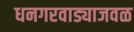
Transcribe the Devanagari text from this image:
धनगरवाड्याजवळ